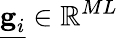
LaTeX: \underline{{\textbf{g}_{i}}}\in\mathbb{R}^{ML}